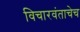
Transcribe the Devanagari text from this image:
विचारवंताचेच